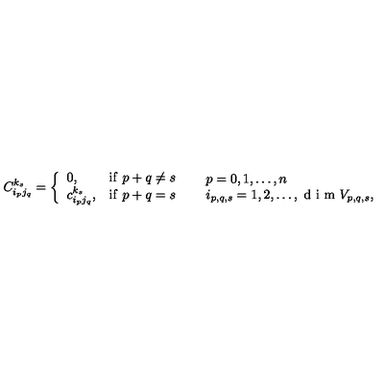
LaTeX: C _ { i _ { p } j _ { q } } ^ { k _ { s } } = \left\{ \begin{array} { l l l } { 0 , } & { \mathrm { i f } \ p + q \neq s } \\ { c _ { i _ { p } j _ { q } } ^ { k _ { s } } , } & { \mathrm { i f } \ p + q = s } \\ \end{array} \right. \quad \begin{array} { l } { p = 0 , 1 , \ldots , n } \\ { i _ { p , q , s } = 1 , 2 , \ldots , \textrm { d i m } V _ { p , q , s } , } \\ \end{array}